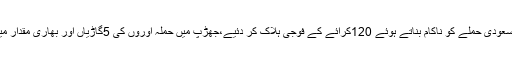
ہفتہ 26 مئی 2018 ء)یمنی فورسز نے سعودی حملے کو ناکام بناتے ہوئے 120کرائے کے فوجی ہلاک کر دئیے،جھڑپ میں حملہ آوروں کی 5گاڑیاں اور بھاری مقدار میں اسلحہ مال غنیمت کے طور پر مل گیا۔